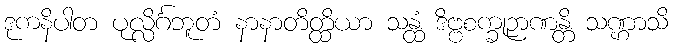
ဒုကနိပါတ ပုလ္လိင်္ဂဘူတံ နာနာတိတ္ထိယာ သန္ထံ ဒိဗ္ဗစက္ခုဉာဏန္တိ သဏ္ဌာသိ